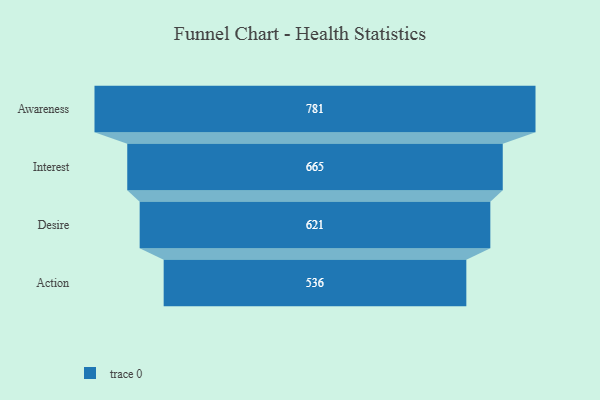
{"axis": {"x": "Stage", "y": "Value"}, "legend": [""], "data": [{"x": "Awareness", "y": 781.0, "type": ""}, {"x": "Interest", "y": 665.0, "type": ""}, {"x": "Desire", "y": 621.0, "type": ""}, {"x": "Action", "y": 536.0, "type": ""}]}